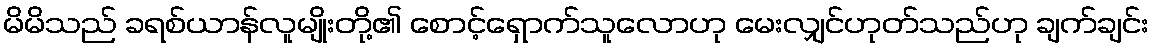
မိမိသည် ခရစ်ယာန်လူမျိုးတို့၏ စောင့်ရှောက်သူလောဟု မေးလျှင်ဟုတ်သည်ဟု ချက်ချင်း